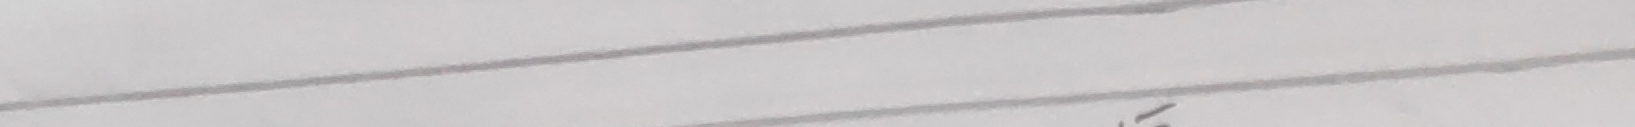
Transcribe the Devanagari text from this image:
६